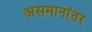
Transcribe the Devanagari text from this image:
असमानांतर